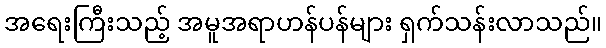
အရေးကြီးသည့် အမူအရာဟန်ပန်များ ရှက်သန်းလာသည်။